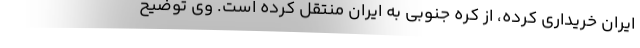
ایران خریداری کرده، از کره جنوبی به ایران منتقل کرده است. وی توضیح